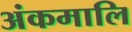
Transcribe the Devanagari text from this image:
अंकमालि